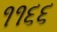
૧૧૬૬